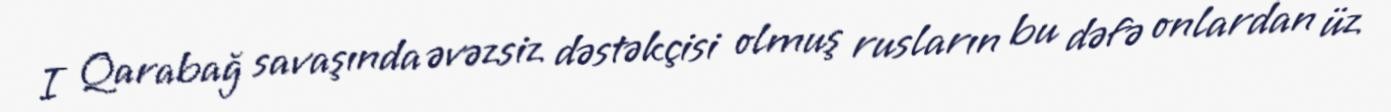
I Qarabağ savaşında əvəzsiz dəstəkçisi olmuş rusların bu dəfə onlardan üz